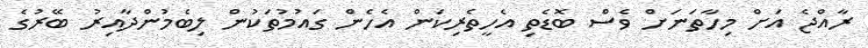
ރާއްޖެ އަށް މިހާތަނަށް ވެސް ބޮޑެތި އެހީތެރިކަން އެހެން ގައުމުތަކުން ލިބެމުންދާއިރު ބޭރުގެ